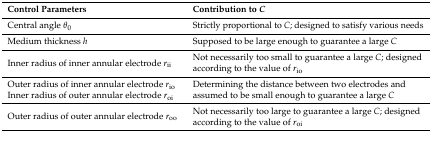
| Control Parameters | Contribution to C |
 | --- | --- |
 | Central angle θ0 | Strictly proportional to C; designed to satisfy various needs |
 | Medium thickness h | Supposed to be large enough to guarantee a large C |
 | Inner radius of inner annular electrode rii | Not necessarily too small to guarantee a large C; designed according to the value of rio |
 | Outer radius of inner annular electrode rio | <ROWSPAN=2> Determining the distance between two electrodes and assumed to be small enough to guarantee a large C |
 | Inner radius of outer annular electrode roi |
 | Outer radius of outer annular electrode roo | Not necessarily too large to guarantee a large C; designed according to the value of roi |